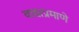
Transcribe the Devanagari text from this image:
वाद्याप्रमाणे